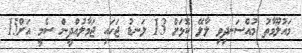
މައުލޫމާތު މުއްސަނދިވި ލާލޭ ކޮޅަށް 13 ލަނޑު ޖަހައި ޖަމާލުއްދީން ސެމީ އަށް15